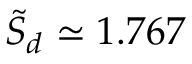
{ \widetilde { \cal S } } _ { d } \simeq 1 . 7 6 7